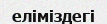
еліміздегі